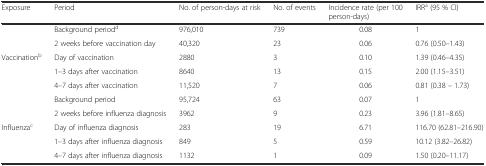
<table><thead><tr><td><b>Exposure</b></td><td><b>Period</b></td><td><b>No. of person-days at risk</b></td><td><b>No. of events</b></td><td><b>Incidence rate (per 100 person-days)</b></td><td><b>IRR<sup>a</sup> (95 % CI)</b></td></tr></thead><tbody><tr><td></td><td>Background period<sup>d</sup></td><td>976,010</td><td>739</td><td>0.08</td><td>1</td></tr><tr><td></td><td>2 weeks before vaccination day</td><td>40,320</td><td>23</td><td>0.06</td><td>0.76 (0.50–1.43)</td></tr><tr><td>Vaccination<sup>b</sup></td><td>Day of vaccination</td><td>2880</td><td>3</td><td>0.10</td><td>1.39 (0.46–4.35)</td></tr><tr><td></td><td>1–3 days after vaccination</td><td>8640</td><td>13</td><td>0.15</td><td>2.00 (1.15–3.51)</td></tr><tr><td></td><td>4–7 days after vaccination</td><td>11,520</td><td>7</td><td>0.06</td><td>0.81 (0.38 – 1.73)</td></tr><tr><td></td><td>Background period</td><td>95,724</td><td>63</td><td>0.07</td><td>1</td></tr><tr><td></td><td>2 weeks before influenza diagnosis</td><td>3962</td><td>9</td><td>0.23</td><td>3.96 (1.81–8.65)</td></tr><tr><td>Influenza<sup>c</sup></td><td>Day of influenza diagnosis</td><td>283</td><td>19</td><td>6.71</td><td>116.70 (62.81–216.90)</td></tr><tr><td></td><td>1–3 days after influenza diagnosis</td><td>849</td><td>5</td><td>0.59</td><td>10.12 (3.82–26.82)</td></tr><tr><td></td><td>4–7 days after influenza diagnosis</td><td>1132</td><td>1</td><td>0.09</td><td>1.50 (0.20–11.17)</td></tr></tbody></table>